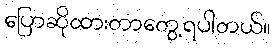
ပြောဆိုထားတာတွေ့ရပါတယ်။